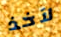
لآخذ